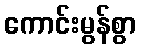
ကောင်းမွန်စွာ